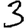
Digit: 3